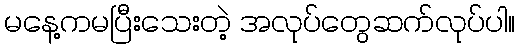
မနေ့ကမပြီးသေးတဲ့ အလုပ်တွေဆက်လုပ်ပါ။